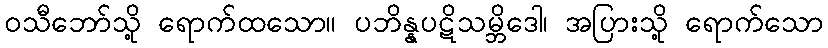
ဝသီဘော်သို့ ရောက်ထသော။ ပဘိန္နပဋိသမ္ဘိဒေါ၊ အပြားသို့ ရောက်သော